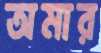
অমার